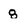
Character: 8